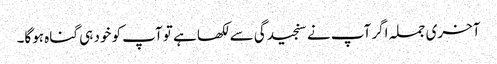
آخری جملہ اگر آپ نے سنجیدگی سے لکھا ہے تو آپ کو خود ہی گناہ ہوگا۔